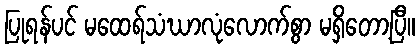
ပြုရန်ပင် မထေရ်သံဃာလုံလောက်စွာ မရှိတော့ပြီ။